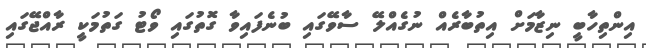
އިންތިހާބީ ނިޒާމަށް އިތުބާރެއް ނުގެއްލޭ ސާވޭގައި ބުނެފައިވާ ގޮތުގައި ވޯޓު ގަތުމަކީ ރާއްޖޭގައި